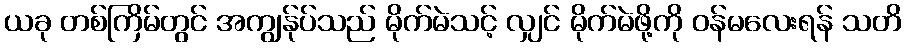
ယခု တစ်ကြိမ်တွင် အကျွန်ုပ်သည် မိုက်မဲသင့် လျှင် မိုက်မဲဖို့ကို ဝန်မလေးရန် သတိ